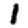
Digit: 1